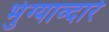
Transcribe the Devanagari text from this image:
भुंग्याव्दारे